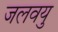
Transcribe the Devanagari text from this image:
जलवयु